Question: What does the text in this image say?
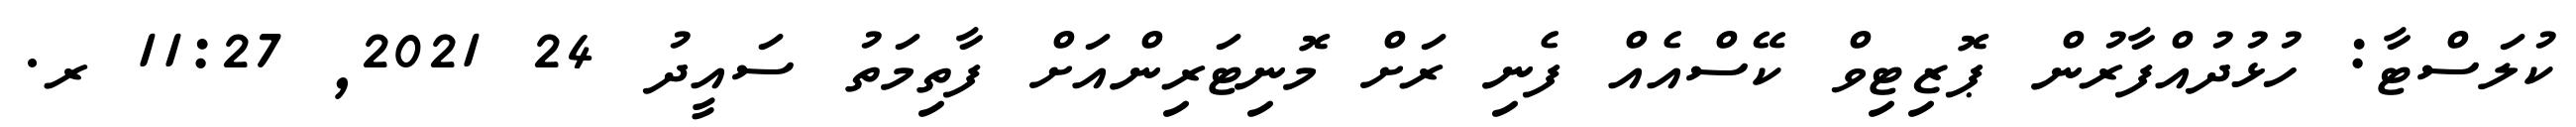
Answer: ކުލަސްޓާ: ހުޅުދުއްފާރުން ޕޮޒިޓިވް ކޭސްއެއް ފެނި ރަށް މޮނިޓަރިންއަށް ފާތިމަތު ސައީދު 24 2021, 11:27 ރ.